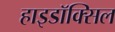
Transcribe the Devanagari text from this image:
हाइडॉक्सिल